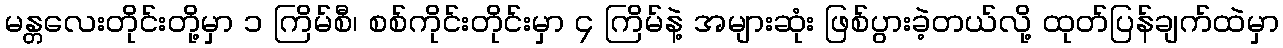
မန္တလေးတိုင်းတို့မှာ ၁ ကြိမ်စီ၊ စစ်ကိုင်းတိုင်းမှာ ၄ ကြိမ်နဲ့ အများဆုံး ဖြစ်ပွားခဲ့တယ်လို့ ထုတ်ပြန်ချက်ထဲမှာ